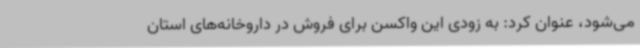
می‌شود، عنوان کرد: به زودی این واکسن برای فروش در داروخانه‌های استان